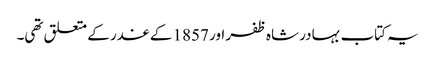
یہ کتاب بہادر شاہ ظفر اور 1857 کے غدر کے متعلق تھی۔